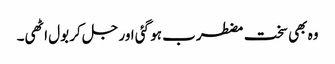
وہ بھی سخت مضطرب ہو گئی اور جل کر بول اٹھی۔